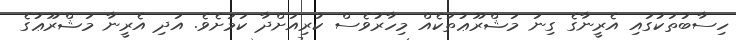
ހިސާބުތަކުގައި އެރީނާގެ ގިނަ މަޝްރޫޢުތަކެއް މިހާރުވެސް ކުރިއަށްދާ ކަމަށެވެ. އަދި އެރީނާ މަޝްރޫޢުގެ